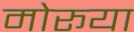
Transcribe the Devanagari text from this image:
मोरूया